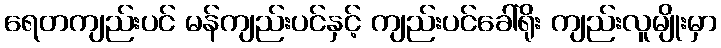
ရေတကျည်းပင် မန်ကျည်းပင်နှင့် ကျည်းပင်ခေါ်ရိုး ကျည်းလူမျိုးမှာ